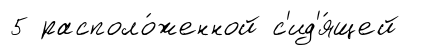
5 располо́женной с'ид'я́щей